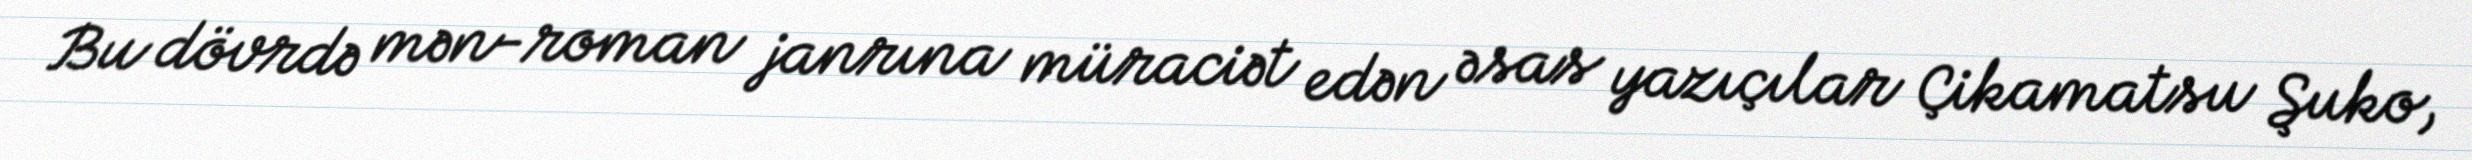
Bu dövrdə mən-roman janrına müraciət edən əsas yazıçılar Çikamatsu Şuko,